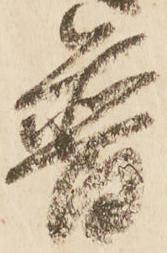
普